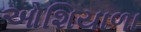
ઓશિયાળા